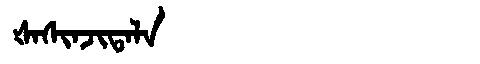
Manchu: ᡧᠠᠰᡳᠨᠵᡳᡨᠠᠯᠠ
Romanization: ŠASINJITALA